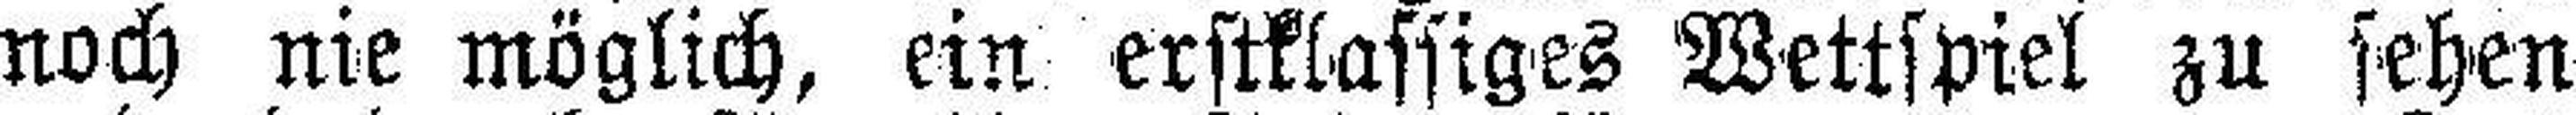
noch nie möglich, ein erstklassiges Wettspiel zu sehen